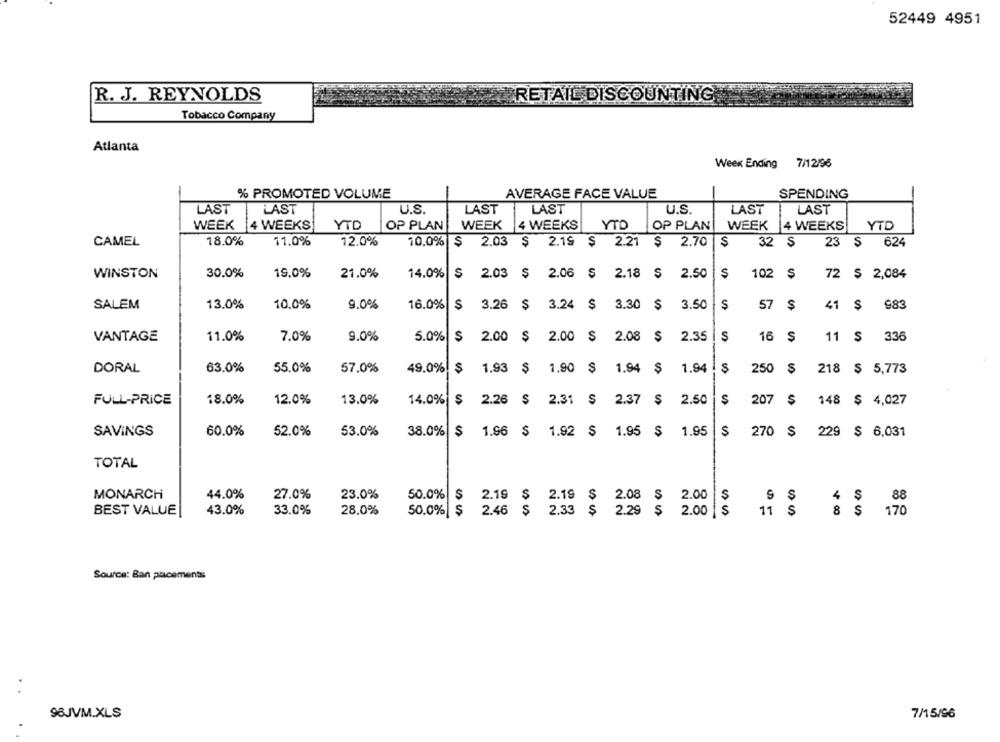
52449 4951
R. J. REYNOLDS
RETAIL DISCOUNTING
Tobacco Company
Atlanta
Week Ending 7/12/96
SPENDING
% PROMOTED VOLUME
AVERAGE FACE VALUE
LAST
LAST
U.S.
LAST
LAST
U.S.
LAST
LAST
WEEK 4 WEEKS
YTD
OP PLAN
WEEK |4 WEEKS
YTO
OP PLAN
WEEK
4 WEEKS
YTD
CAMEL
18.0%
11.0%
12.0%
10.0% $ 2.03 $ 2.19 $ 2.21 $ 2.70 $
32
23 $ 624
WINSTON
30.0%
19.0%
21.0%
14.0%
$ 2.03 $ 2.06 $ 2.18 $ 2.50
102 Ş
72 $ 2,084
13.0%
10.0%
9.0%
41 $
983
SALEM
16.0%
$ 3.26 $ 3.24 $ 3.30 $ 3.50
$
57 $
41
VANTAGE
11.0%
7.0%
9.0%
5.0% $ 2.00 $
2.00 $ 2.08
$ 2.35
$
16 $
11 $
336
DORAL
63.0%
55.0%
57.0%
49.0% $ 1.93 $ 1.90 $ 1.94 $ 1.94
250 $ 218 $ 5,773
FULL-PRICE
18.0%
12.0%
13.0%
14.0% $ 2.26 $
2.31 $ 2.37 $ 2.50
207 $
148
$ 4,027
38.0%
$
SAVINGS
60.0%
52.0%
53.0%
$ 1.96 $ 1.92 $ 1.95
$ 1.95
$
270
229
$ 6,031
TOTAL
MONARCH
44.0%
27.0%
23.0%
50.0%
S
2.19 $ 2.19 $ 2.08 $ 2.00
S
4 $
88
BEST VALUE
43.0%
33.0%
28.0%
50.0% $
11 $
8 $ 170
2.46 $ 2.33 $ 2.29 $ 2.00 $
Source: Ban placements
96JVM.XLS
7/15/96